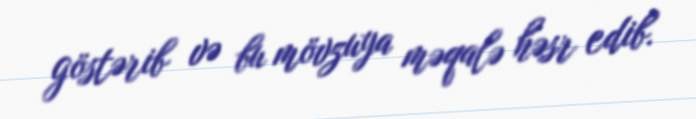
göstərib və bu mövzuya məqalə həsr edib.